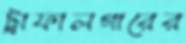
ট্রাফালগারের